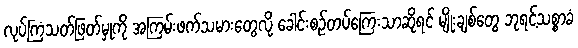
လုပ်ကြံသတ်ဖြတ်မှုကို အကြမ်းဖက်သမားတွေလို့ ခေါင်းစဉ်တပ်ကြေးသာဆိုရင် မျိုးချစ်တွေ ဘုရင့်သစ္စာခံ